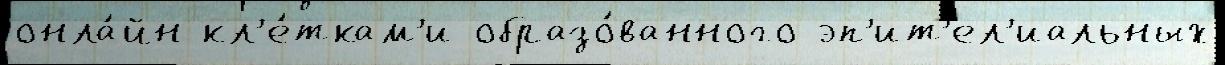
онла́йн кл'е́ткам'и образо́ванного эп'ит'ел'иальных